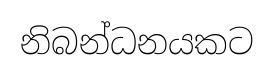
නිබන්ධනයකට